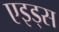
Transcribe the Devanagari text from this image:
एइड्स